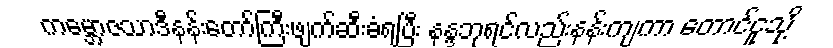
ကမ္ဘောဇသာဒီနန်းတော်ကြီးဖျက်ဆီးခံရပြီး နန္ဒဘုရင်လည်းနန်းကျကာ တောင်ငူသို့